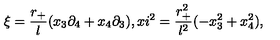
\xi = \frac { r _ { + } } { l } ( x _ { 3 } \partial _ { 4 } + x _ { 4 } \partial _ { 3 } ) , x i ^ { 2 } = \frac { r _ { + } ^ { 2 } } { l ^ { 2 } } ( - x _ { 3 } ^ { 2 } + x _ { 4 } ^ { 2 } ) ,